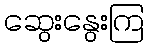
ဆွေးနွေးကြ